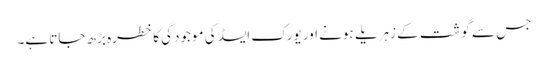
جس سے گوشت کے زہریلے ہونے اور یورک ایسڈ کی موجودگی کا خطرہ بڑھ جاتا ہے۔